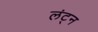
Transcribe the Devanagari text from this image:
लंट्न